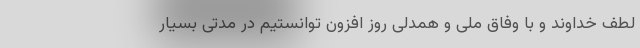
لطف خداوند و با وفاق ملی و همدلی روز افزون توانستیم در مدتی بسیار